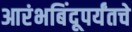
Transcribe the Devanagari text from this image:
आरंभबिंदूपर्यंतचे